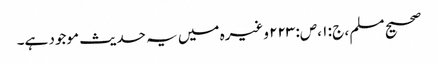
صحیح مسلم ، ج : ۱ ،ص: ۲۲۳ وغیرہ میں یہ حدیث موجود ہے۔